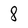
Character: 8